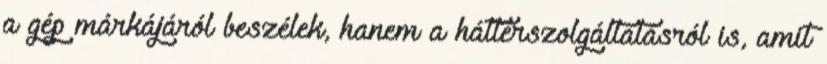
a gép márkájáról beszélek, hanem a háttérszolgáltatásról is, amit